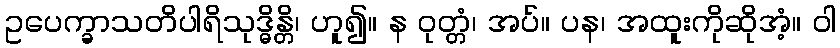
ဥပေက္ခာသတိပါရိသုဒ္ဓိန္တိ၊ ဟူ၍။ န ဝုတ္တံ၊ အပ်။ ပန၊ အထူးကိုဆိုအံ့။ ဝါ